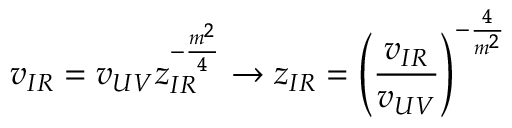
v _ { I R } = v _ { U V } z _ { I R } ^ { - \frac { m ^ { 2 } } { 4 } } \to z _ { I R } = \left( \frac { v _ { I R } } { v _ { U V } } \right) ^ { - \frac { 4 } { m ^ { 2 } } }